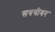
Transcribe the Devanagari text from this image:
सवयीवर